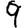
Digit: 9